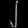
Digit: ၂